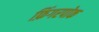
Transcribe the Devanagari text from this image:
फ़िंगरपोक